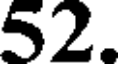
52.